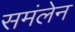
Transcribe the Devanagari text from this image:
समंलेन